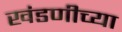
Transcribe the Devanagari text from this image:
खंडणीच्या